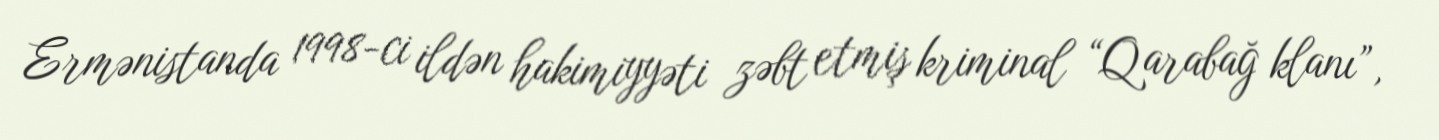
Ermənistanda 1998-ci ildən hakimiyyəti zəbt etmiş kriminal “Qarabağ klanı”,